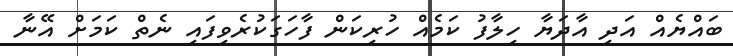
ބައްޔެއް އަދި އާދަޔާ ހިލާފު ކަމެއް ހުރިކަން ފާހަގަކުރެވިފައި ނެތް ކަމަށް އޭނާ